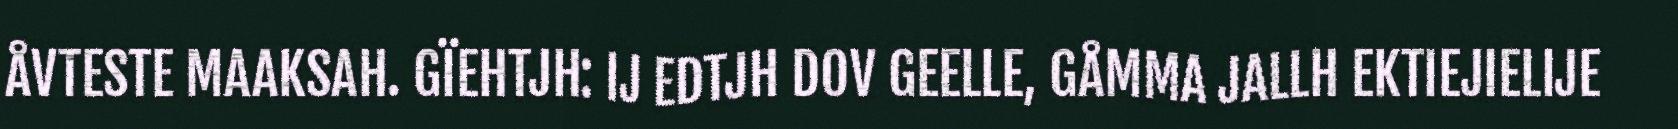
ÅVTESTE MAAKSAH. GÏEHTJH: IJ EDTJH DOV GEELLE, GÅMMA JALLH EKTIEJIELIJE